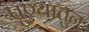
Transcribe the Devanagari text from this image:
पुण्यातुन